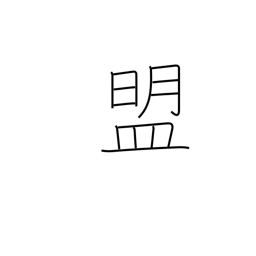
Meaning: oath